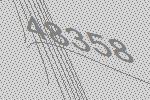
48358